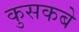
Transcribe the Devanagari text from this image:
कुसकबे